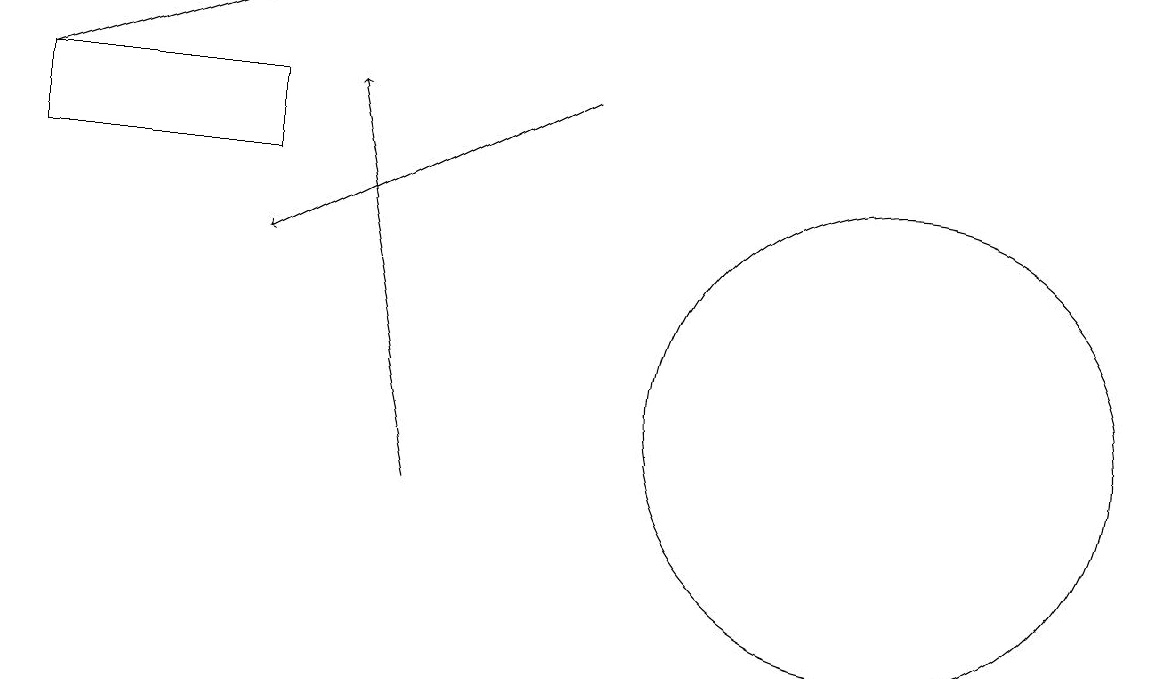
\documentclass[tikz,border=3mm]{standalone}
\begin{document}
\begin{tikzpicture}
\draw[->] (5,11) -- (4,16);
\draw (3,16) rectangle (0,15);
\draw (11,12) circle (3);
\draw[->] (0,16) -- (3,17);
\draw[->] (7,16) -- (3,14);
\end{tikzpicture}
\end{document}